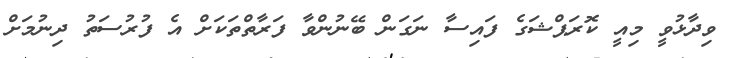
ވިދާޅުވީ މިއީ ކޮރަޕްޝަގެ ފައިސާ ނަގަން ބޭނުންވާ ފަރާތްތަކަށް އެ ފުރުސަތު ދިނުމަށް